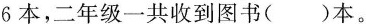
到6本，二年级一共收到图书()本。